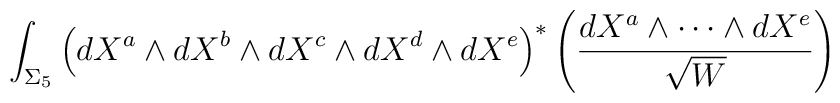
\int_{\Sigma_5}\left(dX^a\wedge{d}X^b\wedge{d}X^c\wedge{d}X^d\wedge{d}X^e\right)^\ast\left(\frac{dX^a\wedge\cdots\wedge{d}X^e}{\sqrt{W}}\right)